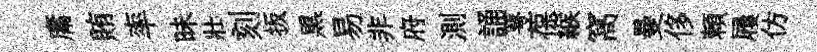
庸賄率昧壯刻扳黒易非府測誦萼葆緱窩曼侈頼屨仿